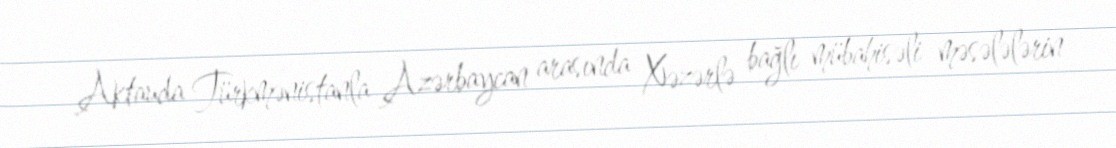
Aktauda Türkmənistanla Azərbaycan arasında Xəzərlə bağlı mübahisəli məsələlərin